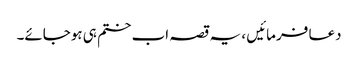
دعا فرمائیں ، یہ قصہ اب ختم ہی ہوجائے۔